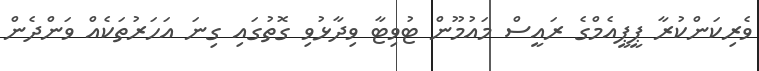
ވެރިކަންކުރާ ޕީޕީއެމްގެ ރައީސް މައުމޫން ޓުވިޓާ ވިދާޅުވި ގޮތުގައި ގިނަ އަހަރުތަކެއް ވަންދެން